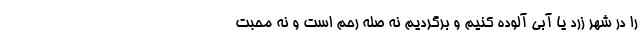
را در شهر زرد یا آبی آلوده کنیم و برگردیم نه صله رحم است و نه محبت